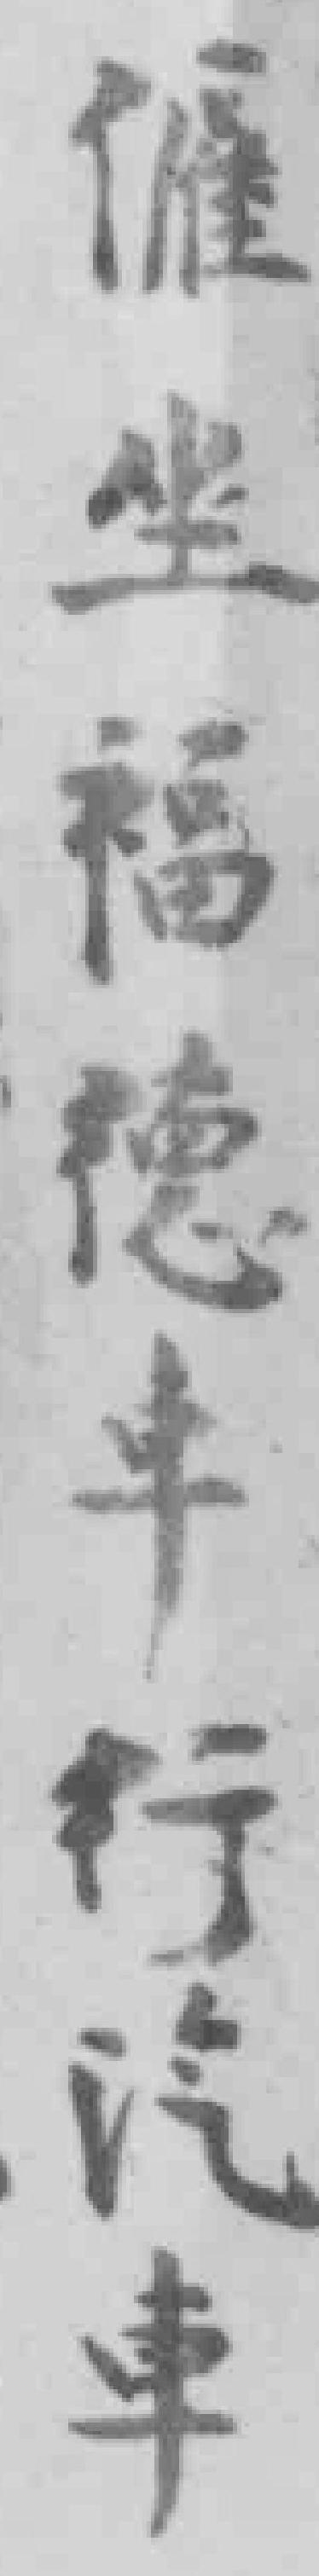
僱坐福德車行汽車